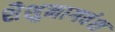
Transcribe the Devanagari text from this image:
शैशुनागवंश